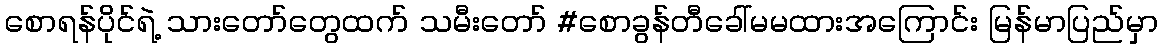
စောရန်ပိုင်ရဲ့ သားတော်တွေထက် သမီးတော် #စောခွန်တီခေါ်မမထားအကြောင်း မြန်မာပြည်မှာ